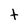
Character: t